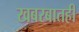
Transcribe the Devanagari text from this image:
खबरबातही